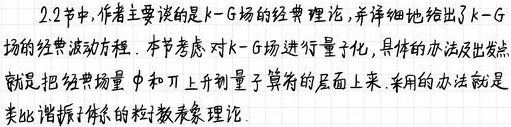
2.2节中,作者主要谈的是$k - G$场的经典理论,并详细地给出了$k - G$场的经典波动方程. 本节考虑对$k - G$场进行量子化,具体的办法出发点就是把经典场量$\phi$和$\pi$上升到量子算符的层面上来. 采用的办法就是类比谐振子体系的粒子数表象理论.